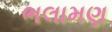
ભલામણ